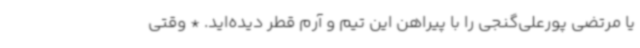
یا مرتضی پورعلی‌گنجی را با پیراهن این تیم و آرم قطر دیده‌اید. * وقتی